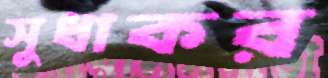
সুধাকর